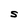
Character: S